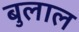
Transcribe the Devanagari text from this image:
बुलाल